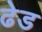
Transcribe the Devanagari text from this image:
ढेड